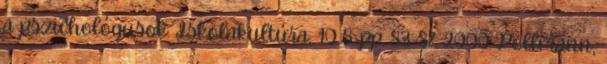
a pszichológusok. Iskolakultúra, 10 8. pp. 83-87. 2000 Pollmann,